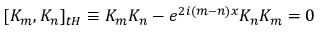
\lbrack K _ { m } , K _ { n } ] _ { t H } \equiv K _ { m } K _ { n } - e ^ { 2 i ( m - n ) x } K _ { n } K _ { m } = 0